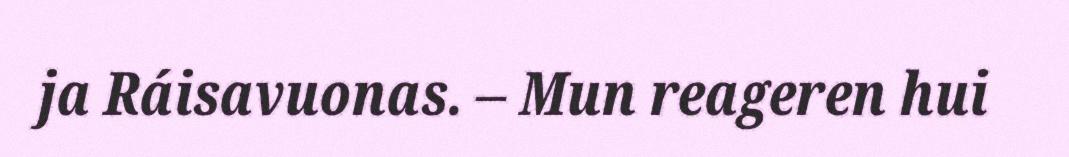
ja Ráisavuonas. – Mun reageren hui